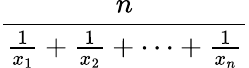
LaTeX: \frac{n}{{\frac{1}{x_{1}}}+{\frac{1}{x_{2}}}+\cdots+{\frac{1}{x_{n}}}}